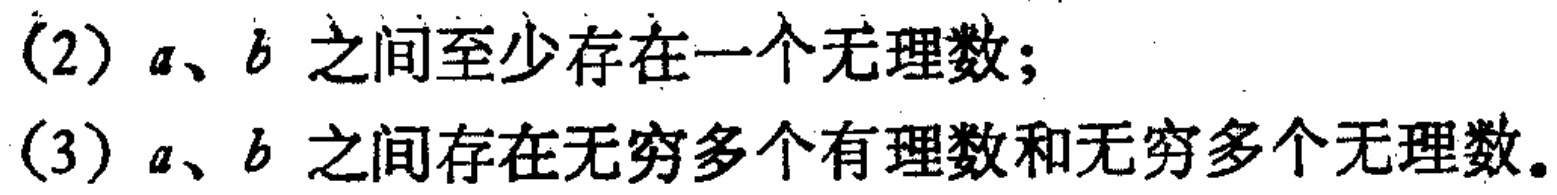
(2) \(a、b\) 之间至少存在一个无理数；
(3) \(a、b\) 之间存在无穷多个有理数和无穷多个无理数。